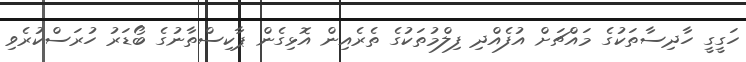
ހަގީގީ ހާދިސާތަކުގެ މައްޗަށް އުފެއްދި ފިލްމުތަކުގެ ތެރެއިން އޮޅިގެން ޕާކިސްތާނުގެ ބޯޑަރު ހުރަސްކުރެވި